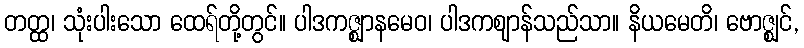
တတ္ထ၊ သုံးပါးသော ထေရ်တို့တွင်။ ပါဒကဇ္ဈာနမေဝ၊ ပါဒကဈာန်သည်သာ။ နိယမေတိ၊ ဗောဇ္ဈင်,